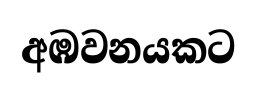
අඹවනයකට